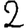
Digit: 2